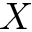
X